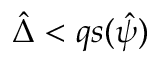
\hat { \Delta } < q s ( \hat { \psi } )